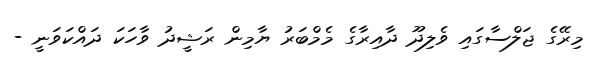
މިރޭގެ ޖަލްސާގައި ވެލިދޫ ދާއިރާގެ މެމްބަރު ޔާމިން ރަޝީދު ވާހަކަ ދައްކަވަނީ -